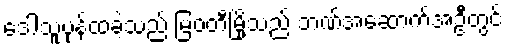
ဒေါသူပုန်ထခဲ့သည် မြဝတီမြို့သည် ဘဏ်အဆောက်အဦတွင်